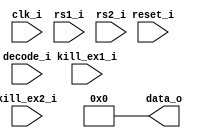
module bp_be_pipe_mul
(
  clk_i,
  reset_i,
  kill_ex1_i,
  kill_ex2_i,
  decode_i,
  rs1_i,
  rs2_i,
  data_o
);

  input [50:0] decode_i;
  input [63:0] rs1_i;
  input [63:0] rs2_i;
  output [63:0] data_o;
  input clk_i;
  input reset_i;
  input kill_ex1_i;
  input kill_ex2_i;
  wire [63:0] data_o;
  assign data_o[0] = 1'b0;
  assign data_o[1] = 1'b0;
  assign data_o[2] = 1'b0;
  assign data_o[3] = 1'b0;
  assign data_o[4] = 1'b0;
  assign data_o[5] = 1'b0;
  assign data_o[6] = 1'b0;
  assign data_o[7] = 1'b0;
  assign data_o[8] = 1'b0;
  assign data_o[9] = 1'b0;
  assign data_o[10] = 1'b0;
  assign data_o[11] = 1'b0;
  assign data_o[12] = 1'b0;
  assign data_o[13] = 1'b0;
  assign data_o[14] = 1'b0;
  assign data_o[15] = 1'b0;
  assign data_o[16] = 1'b0;
  assign data_o[17] = 1'b0;
  assign data_o[18] = 1'b0;
  assign data_o[19] = 1'b0;
  assign data_o[20] = 1'b0;
  assign data_o[21] = 1'b0;
  assign data_o[22] = 1'b0;
  assign data_o[23] = 1'b0;
  assign data_o[24] = 1'b0;
  assign data_o[25] = 1'b0;
  assign data_o[26] = 1'b0;
  assign data_o[27] = 1'b0;
  assign data_o[28] = 1'b0;
  assign data_o[29] = 1'b0;
  assign data_o[30] = 1'b0;
  assign data_o[31] = 1'b0;
  assign data_o[32] = 1'b0;
  assign data_o[33] = 1'b0;
  assign data_o[34] = 1'b0;
  assign data_o[35] = 1'b0;
  assign data_o[36] = 1'b0;
  assign data_o[37] = 1'b0;
  assign data_o[38] = 1'b0;
  assign data_o[39] = 1'b0;
  assign data_o[40] = 1'b0;
  assign data_o[41] = 1'b0;
  assign data_o[42] = 1'b0;
  assign data_o[43] = 1'b0;
  assign data_o[44] = 1'b0;
  assign data_o[45] = 1'b0;
  assign data_o[46] = 1'b0;
  assign data_o[47] = 1'b0;
  assign data_o[48] = 1'b0;
  assign data_o[49] = 1'b0;
  assign data_o[50] = 1'b0;
  assign data_o[51] = 1'b0;
  assign data_o[52] = 1'b0;
  assign data_o[53] = 1'b0;
  assign data_o[54] = 1'b0;
  assign data_o[55] = 1'b0;
  assign data_o[56] = 1'b0;
  assign data_o[57] = 1'b0;
  assign data_o[58] = 1'b0;
  assign data_o[59] = 1'b0;
  assign data_o[60] = 1'b0;
  assign data_o[61] = 1'b0;
  assign data_o[62] = 1'b0;
  assign data_o[63] = 1'b0;

endmodule